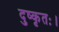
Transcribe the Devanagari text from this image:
दुष्कृतः।